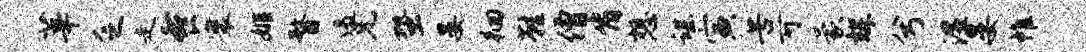
莘乏走餐寰姬瞀遏兄蛩晏徊鞋僧肯想谌寅苦可蒙辉兮湿晏帷